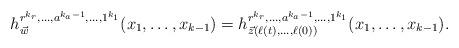
LaTeX: \begin{align*}h^{r^{k_{r}}, \ldots , a^{k_{a}-1}, \ldots , 1^{k_{1}}}_{\vec{w}}(x_{1}, \ldots , x_{k-1})=h^{r^{k_{r}}, \ldots , a^{k_{a}-1}, \ldots , 1^{k_{1}}}_{\vec{z}(\ell(t), \ldots , \ell(0))}(x_{1}, \ldots , x_{k-1}). \end{align*}